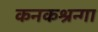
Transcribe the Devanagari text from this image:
कनकश्रन्गा